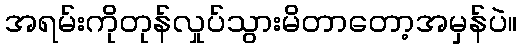
အရမ်းကိုတုန်လှုပ်သွားမိတာတော့အမှန်ပဲ။